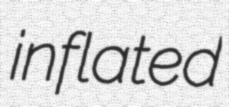
inflated